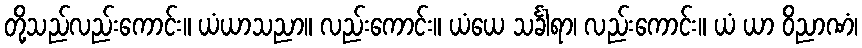
တို့သည်လည်းကောင်း။ ယံယာသညာ။ လည်းကောင်း။ ယံယေ သင်္ခါရာ၊ လည်းကောင်း။ ယံ ယာ ဝိညာဏံ၊